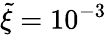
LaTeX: \tilde{\xi}=10^{-3}